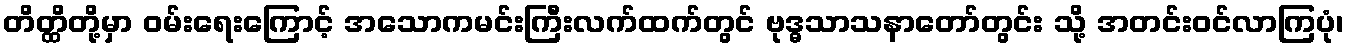
တိတ္ထိတို့မှာ ဝမ်းရေးကြောင့် အသောကမင်းကြီးလက်ထက်တွင် ဗုဒ္ဓသာသနာတော်တွင်း သို့ အတင်းဝင်လာကြပုံ၊